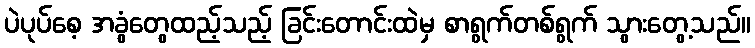
ပဲပုပ်စေ့ အခွံတွေထည့်သည့် ခြင်းတောင်းထဲမှ စာရွက်တစ်ရွက် သွားတွေ့သည်။